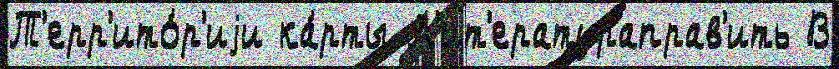
Т'ерр'ито́р'иjи ка́рты Л'ит'ератураправ'ить В